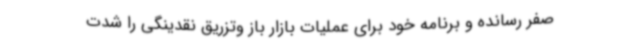
صفر رسانده و برنامه خود برای عملیات بازار باز وتزریق نقدینگی را شدت